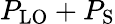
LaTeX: P_{\mathrm{LO}}+P_{\mathrm{S}}